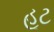
હૂટ